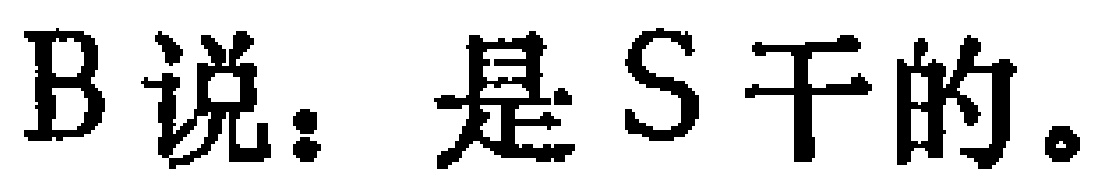
B说：是S干的。